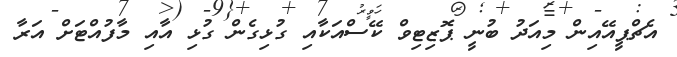
އެޗްޕީއޭއިން މިއަދު ބުނީ ޕޮޒިޓިވް ކޭސްއަކާއި ގުޅިގެން ގުޅި އާއި މާފުއްޓަށް އަރާ